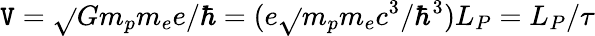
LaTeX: \mathtt{V}=\sqrt{}{{Gm_{p}m_{e}}}e/\hbar=(e\sqrt{}{{m_{p}m_{e}c^{3}/\hbar^{3}}})L_{P}=L_{P}/\tau